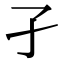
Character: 孑